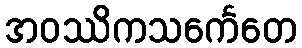
အဝဿိကသင်္ကေတေ